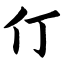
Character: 仃